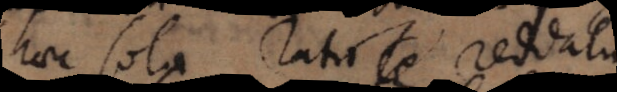
haec sola ratio reddatur,